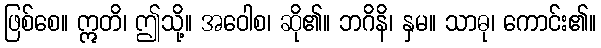
ဖြစ်စေ။ ဣတိ၊ ဤသို့။ အဝေါစ၊ ဆို၏။ ဘဂိနိ၊ နှမ။ သာဓု၊ ကောင်း၏။